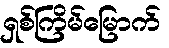
ရှစ်ကြိမ်မြောက်